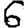
Digit: 6